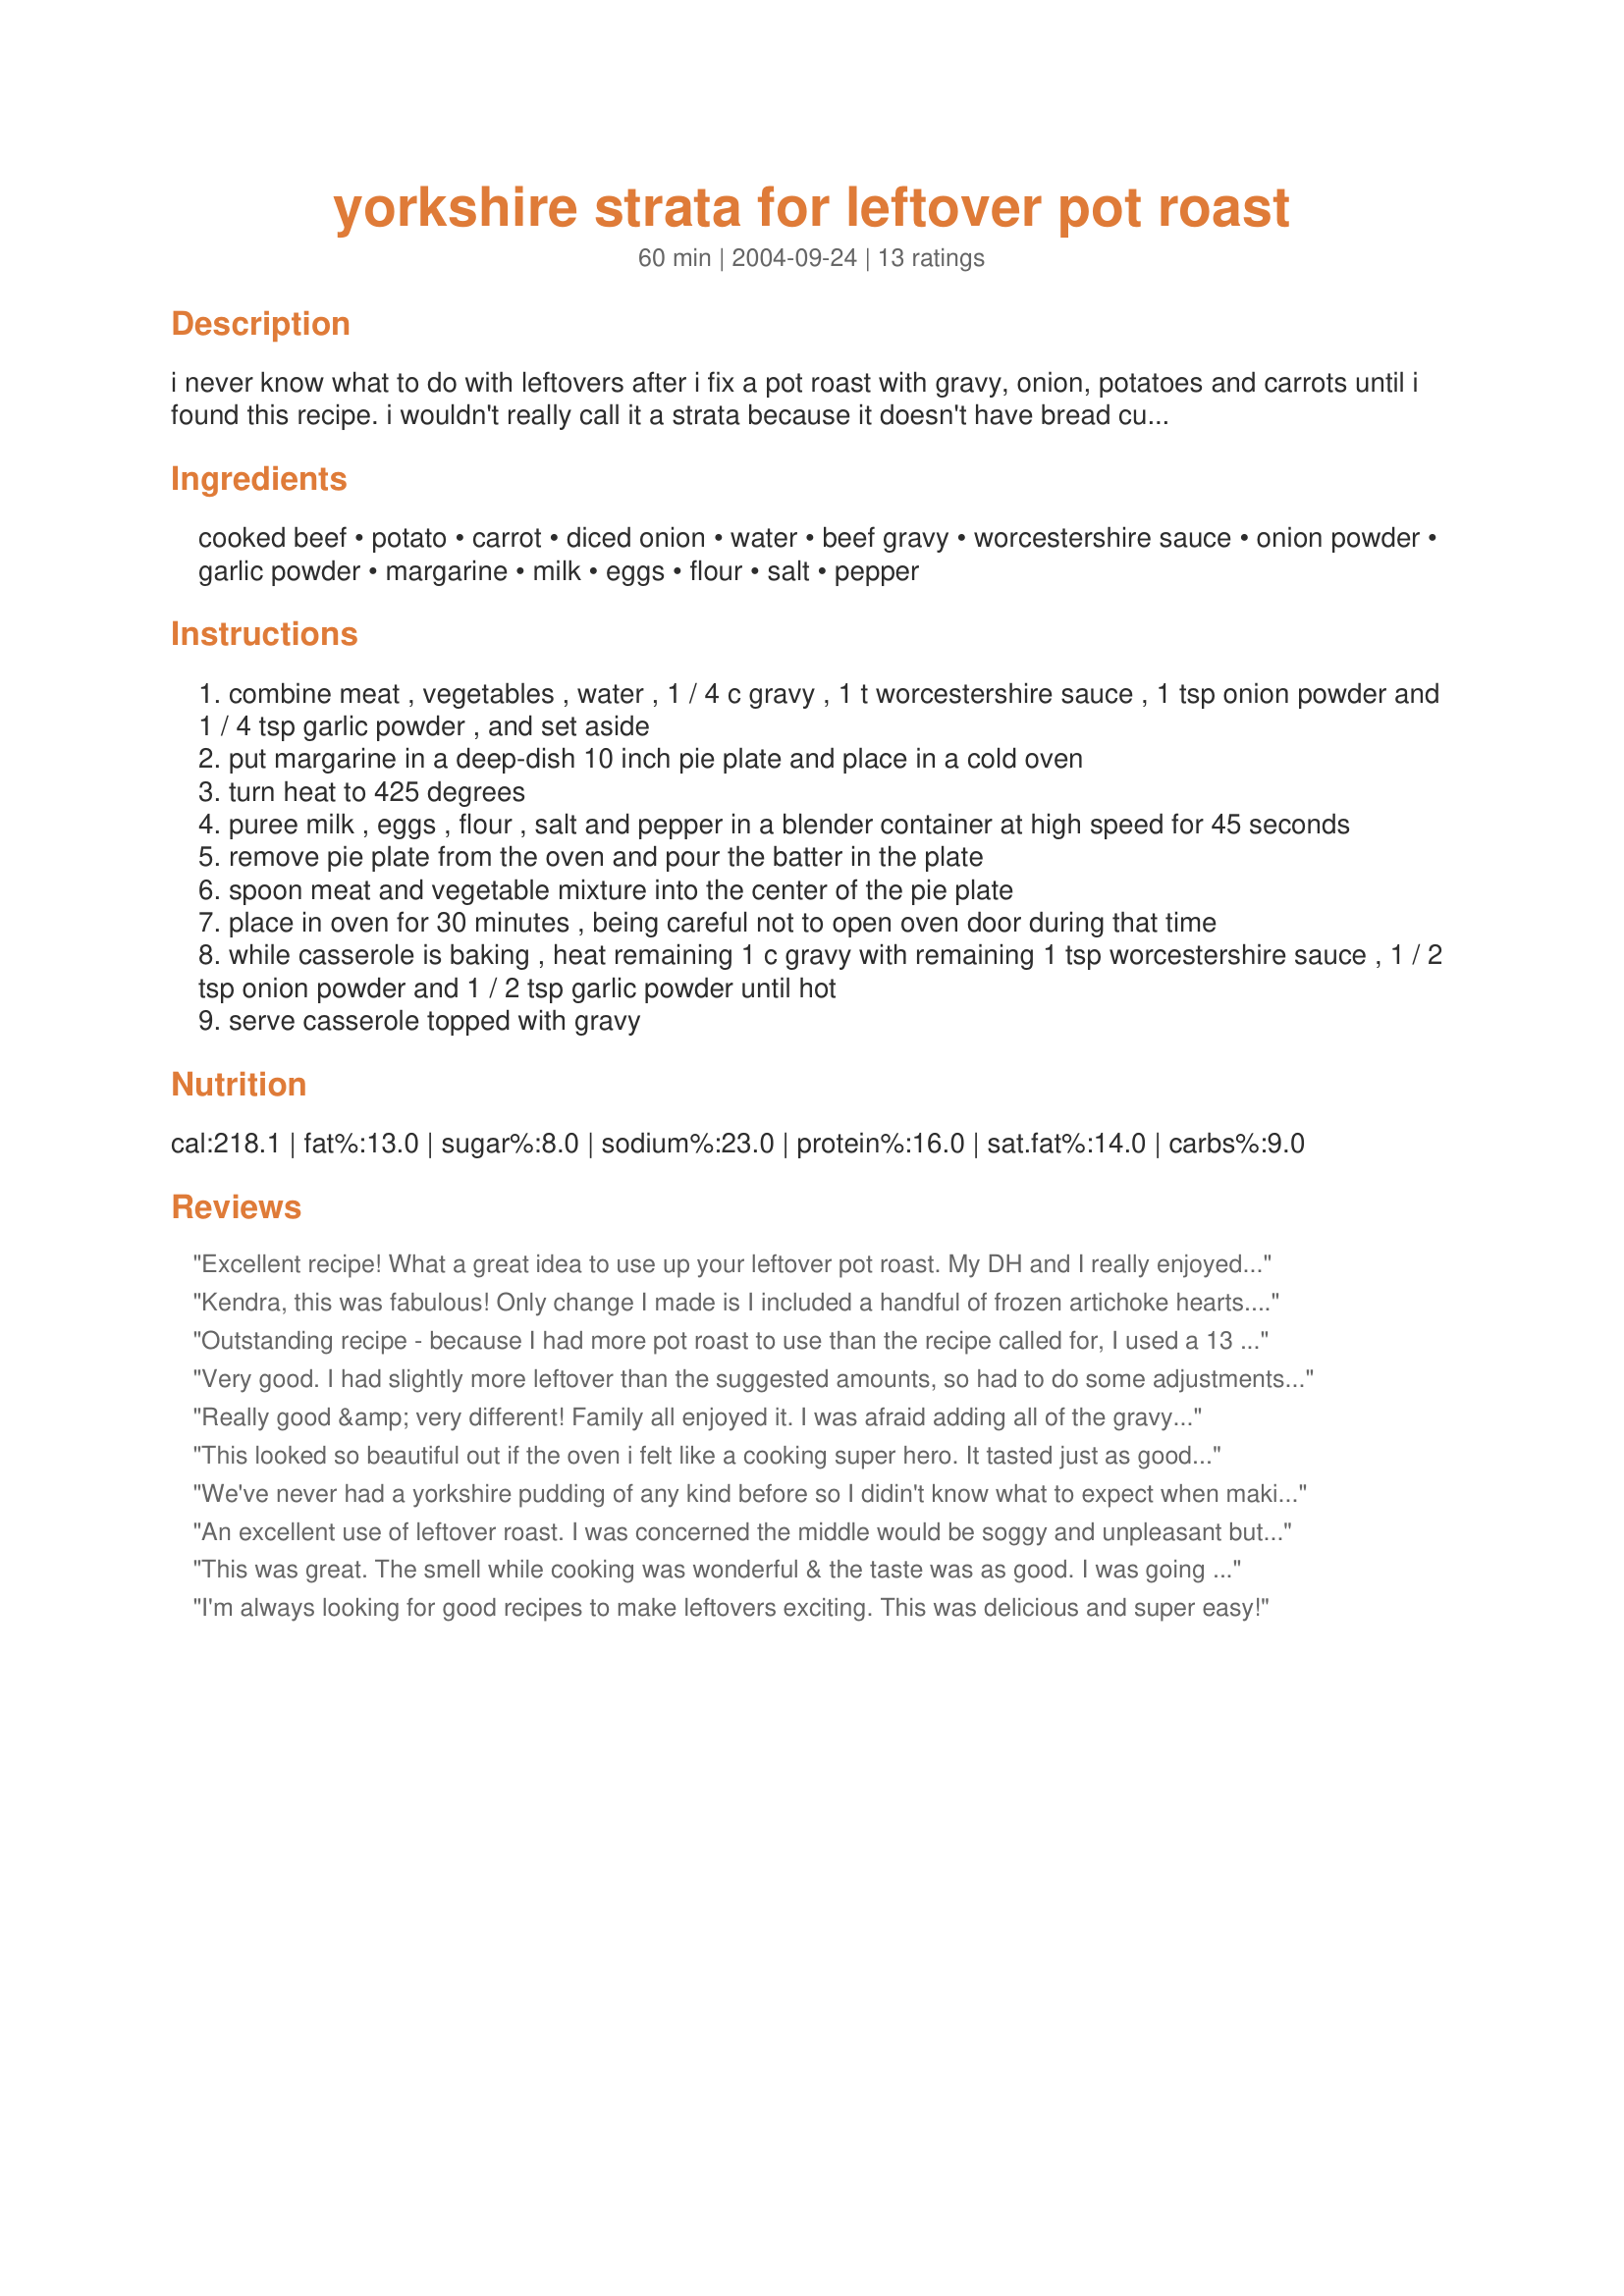
yorkshire strata for leftover pot roast
Preparation time: 60 minutes

i never know what to do with leftovers after i fix a pot roast with gravy, onion, potatoes and carrots until i found this recipe. i wouldn't really call it a strata because it doesn't have bread cubes in it. rather, it has a yorkshire pudding baked around everything else. the recipe came from a book called "marnie's kitchen shortcuts" by marnie swedberg. the recipe calls for specific amounts, although i tend to throw in whatever amount of leftovers i have.

Ingredients:
cooked beef, potato, carrot, diced onion, water, beef gravy, worcestershire sauce, onion powder, garlic powder, margarine, milk, eggs, flour, salt, pepper

Steps:
combine meat , vegetables , water , 1 / 4 c gravy , 1 t worcestershire sauce , 1 tsp onion powder and 1 / 4 tsp garlic powder , and set aside
put margarine in a deep-dish 10 inch pie plate and place in a cold oven
turn heat to 425 degrees
puree milk , eggs , flour , salt and pepper in a blender container at high speed for 45 seconds
remove pie plate from the oven and pour the batter in the plate
spoon meat and vegetable mixture into the center of the pie plate
place in oven for 30 minutes , being careful not to open oven door during that time
while casserole is baking , heat remaining 1 c gravy with remaining 1 tsp worcestershire sauce , 1 / 2 tsp onion powder and 1 / 2 tsp garlic powder until hot
serve casserole topped with gravy

Reviews:
Excellent recipe! What a great idea to use up your leftover pot roast. My DH and I really enjoyed it. I will definitely make this again! Thanks!
Kendra, this was fabulous! Only change I made is I included a handful of frozen artichoke hearts. Wanted to use them up. I had a great leftover gravy made with dark porter beer. So you can imagine....Yum!
Outstanding recipe - because I had more pot roast to use than the recipe called for, I used a 13 X 9 baking dish and used 1.5 x the ingredients. I was absolutely delicious.
Very good. I had slightly more leftover than the suggested amounts, so had to do some adjustments. I also baked it in a 9x13 to be able to fit everything in. :)
Really good &amp; very different! Family all enjoyed it. I was afraid adding all of the gravy/water mixture when spooning the meat &amp; veg in would make it watery, so I left some out. (I'm glad I did because the middle was a bit wet.) Also, the ingredients call for 4 t. (divided) of Worcestershire; you use 3 t. in the meat but the recipe doesn't say where to use the remaining 1 t. Maybe in the gravy? I left it out because mine was flavorful enough. I think this will be great for leftover corned beef &amp; cabbage around St. Patrick's Day. Thanks - this recipe is a keeper!
This looked so beautiful out if the oven i felt like a cooking super hero. It tasted just as good as it looked too. It was so easy. I will be using all future pot roast leftovers to make this.
We've never had a yorkshire pudding of any kind before so I didin't know what to expect when making this recipe. There is nothing wrong with the recipe. My family just didn't like the taste/texture of a yorkshire pudding which is personal preference.
An excellent use of leftover roast. I was concerned the middle would be soggy and unpleasant but it wasn't. I added frozen potatoes instead of leftover diced potatoes. I would definitely make this again.
This was great. The smell while cooking was wonderful & the taste was as good. I was going to take a picture, but alas our gastric juices were flowing so much from the smell that hunger overtook us. I only had a 9" pie plate so the 'pudding' rose quite high. Made for a lovely presentation. Thanks Kendra for a great recipe for leftovers.
I'm always looking for good recipes to make leftovers exciting. This was delicious and super easy!
I had to double the recipe. It turned out perfectly! Normally I make carrots, onions, and potatoes with my pot roast. This time I had made mashed potatoes. So put 3 spoonfuls per row. I baked it minutes longer. It was relish!!! My family thought I worked along time it ;-)
This is a great way to use leftover pot roast! Easy &amp; tasty...definitely a keeper recipe!
This was delicious! Extremely easy recipe. We made the gravy with chicken broth. It still came out really good. I highly recommend this recipe.
